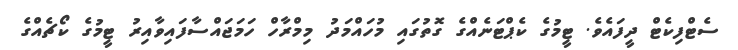
ސެޓްފިކެޓް ދީފައެވެ. ޓީމުގެ ކެޕްޓަނެއްގެ ގޮތުގައި މުހައްމަދު މިމްރާހް ހަމަޖައްސާފައިވާއިރު ޓީމުގެ ކޯޗެއްގެ